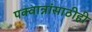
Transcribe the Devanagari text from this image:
पक्वान्नांसाठीही